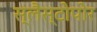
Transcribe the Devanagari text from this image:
स्लैस्टोपोर